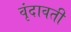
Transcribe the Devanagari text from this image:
वृंदावती